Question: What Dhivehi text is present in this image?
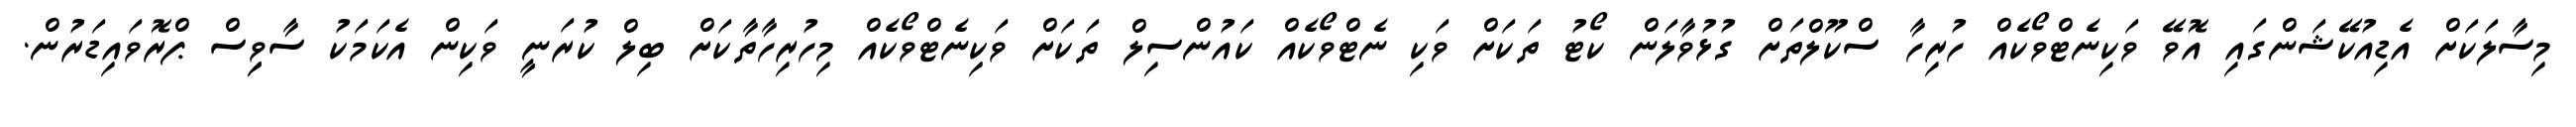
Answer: މިސާލަކަށް އެޑިއުކޭޝަންގައި އޮވޭ ވަކިނެޓްވޯކެއް ހުރިހާ ސްކޫލްތަށް ގުޅުވާލަން ކޯޓު ތަކަށް ވަކި ނެޓްވޯކެއް ކައުންސިލް ތަކަށް ވަކިނެޓްވޯކެއް މިހުރިހާތާކަށް ބިލް ކުރަނީ ވަކިން އެކަމަކު ސާވިިސް ޕްރޮވައިޑަރުން.